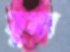
তৃনা